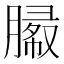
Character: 𰯓